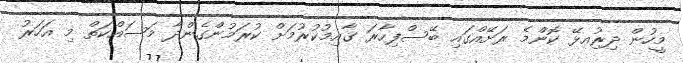
މީހުން ދިރިުއޅޭ ކޮންމެ ރަށޭއްގައި ބޭސްފިހާރަ ގާއިމުކުރުމަށް ކުރަމުންގެންދާ މަސައްކަތް މި އަހަރު